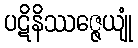
ပဋိနိဿဇ္ဇေယျုံ